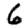
Digit: 6